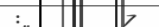
:        7